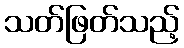
သတ်ဖြတ်သည့်